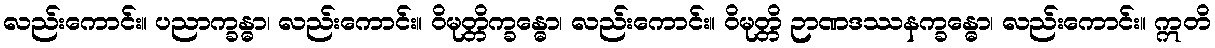
လည်းကောင်း။ ပညာက္ခန္ဓာ၊ လည်းကောင်း။ ဝိမုတ္တိက္ခန္ဓော၊ လည်းကောင်း။ ဝိမုတ္တိ ဉာဏဒဿနက္ခန္ဓော၊ လည်းကောင်း။ ဣတိ